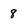
Character: 8